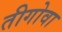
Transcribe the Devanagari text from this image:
तीगोवा